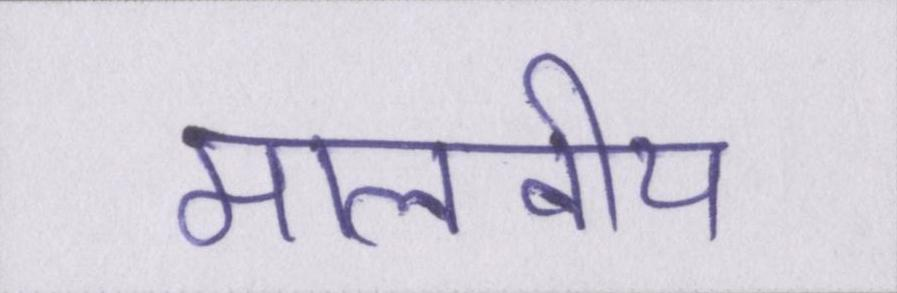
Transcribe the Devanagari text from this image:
मालवीय